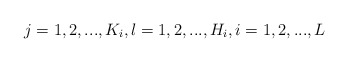
\begin{align*}& j = 1, 2, ...,K_i, l = 1, 2, ..., H_i, i = 1,2,...,L\end{align*}